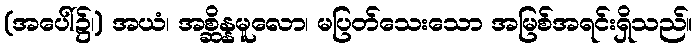
(အပေါ်၌၊) အယံ၊ အစ္ဆိန္နမူလော၊ မပြတ်သေးသော အမြစ်အရင်းရှိသည်။